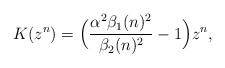
\begin{align*}K(z^n) & = \Big(\dfrac{\alpha^2\beta_1(n)^2}{\beta_2(n)^2}-1\Big)z^n,\end{align*}